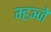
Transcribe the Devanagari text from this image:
म्हञ्जे